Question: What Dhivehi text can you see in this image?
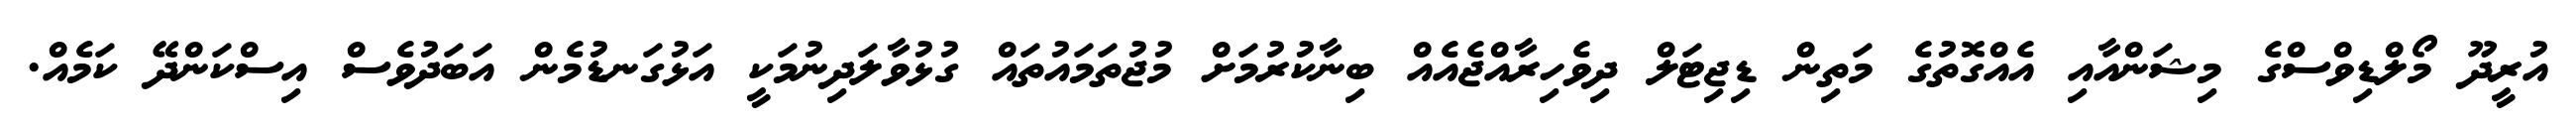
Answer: އުރީދޫ މޯލްޑިވްސްގެ މިޝަންއާއި އެއްގޮތުގެ މަތިން ޑިޖިޓަލް ދިވެހިރާއްޖެއެއް ބިނާކުރުމަށް މުޖުތަމައުތައް ގުޅުވާލަދިނުމަކީ އަޅުގަނޑުމެން އަބަދުވެސް އިސްކަންދޭ ކަމެއް.